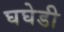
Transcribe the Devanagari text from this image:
घघेडी